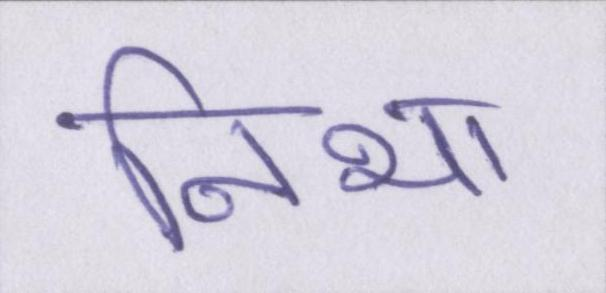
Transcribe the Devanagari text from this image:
निभा